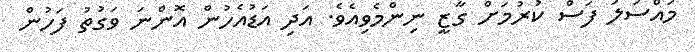
މައްސަލަ ފަސް ކުރުމަށް ގާޒީ ނިންމެވިއެވެ. އަދި އަޑުއެހުން އޮންނަ ވަގުތު ފަހުން